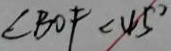
\angle B O F < 4 5 ^ { \circ }